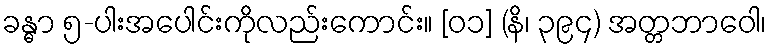
ခန္ဓာ ၅-ပါးအပေါင်းကိုလည်းကောင်း။ [၀၁] (နိ၊ ၃၉၄) အတ္တဘာဝေါ၊